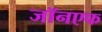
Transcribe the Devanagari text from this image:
जॉनएफ